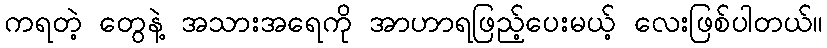
ကရတဲ့ တွေနဲ့ အသားအရေကို အာဟာရဖြည့်ပေးမယ့် လေးဖြစ်ပါတယ်။